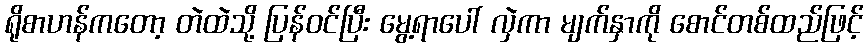
ရိုစာဟန်ကတော့ တဲထဲသို့ ပြန်ဝင်ပြီး မွေ့ရာပေါ် လှဲကာ မျက်နှာကို စောင်တစ်ထည်ဖြင့်